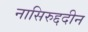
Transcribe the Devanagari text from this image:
नासिरुद्ददीन